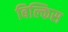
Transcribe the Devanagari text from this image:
बिल्किस